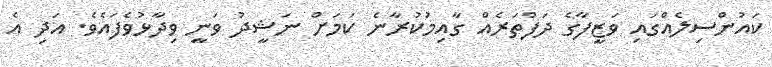
ކައުންސިލެއްގައި ވަޒީފާގެ ދަފްތަރެއް ގާއިމުކުރާނެ ކަމަށް ނަޝީދު ވަނީ ވިދާޅުވެފައެވެ. އަދި އެ